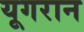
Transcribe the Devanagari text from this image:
यूगरान